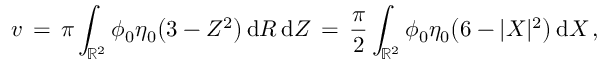
v \, = \, \pi \int _ { \mathbb { R } ^ { 2 } } \phi _ { 0 } \eta _ { 0 } \bigl ( 3 - Z ^ { 2 } \bigr ) \, \mathrm { d } R \, \mathrm { d } Z \, = \, \frac { \pi } { 2 } \int _ { \mathbb { R } ^ { 2 } } \phi _ { 0 } \eta _ { 0 } \bigl ( 6 - | X | ^ { 2 } \bigr ) \, \mathrm { d } X \, ,